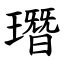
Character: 㻸